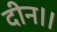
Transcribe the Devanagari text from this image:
दीन।।